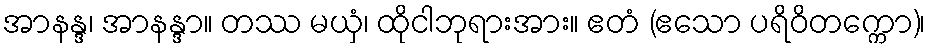
အာနန္ဒ၊ အာနန္ဒာ။ တဿ မယှံ၊ ထိုငါဘုရားအား။ ဧတံ (ဧသော ပရိဝိတက္ကော)၊